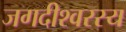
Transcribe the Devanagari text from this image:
जगदीश्वरस्य